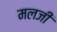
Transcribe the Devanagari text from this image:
मलजी